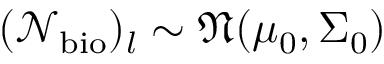
( \mathcal { N } _ { \mathrm { b i o } } ) _ { l } \sim \mathfrak { N } ( \mu _ { 0 } , \Sigma _ { 0 } )